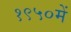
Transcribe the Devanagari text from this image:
१९५०में